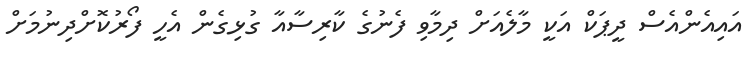
އައިއެންއެސް ދީޕަކް އަކީ މާލެއަށް ދިމާވި ފެނުގެ ކާރިސާއާ ގުޅިގެން އެހީ ފޯރުކޮށްދިނުމަށް